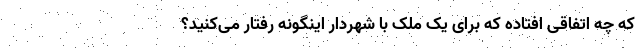
که چه اتفاقی افتاده که برای یک ملک با شهردار اینگونه رفتار می‌کنید؟